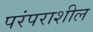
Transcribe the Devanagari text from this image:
परंपराशील